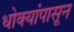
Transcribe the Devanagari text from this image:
धोक्यांपासून